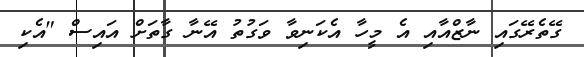
ގޭތެރޭގައި ނާޒްއާއި އެ މީހާ އެކަނިވާ ވަގުތު އޭނާ ގާތަށް އައިސް "އެކި